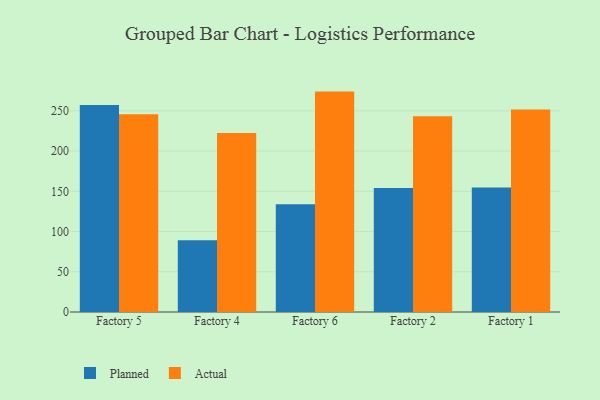
{"axis": {"x": "Factory", "y": "Revenue (USD Million)"}, "legend": ["Actual", "Planned"], "data": [{"x": "Factory 5", "y": 257.3, "type": "Planned"}, {"x": "Factory 5", "y": 245.8, "type": "Actual"}, {"x": "Factory 4", "y": 89.2, "type": "Planned"}, {"x": "Factory 4", "y": 222.3, "type": "Actual"}, {"x": "Factory 6", "y": 134.0, "type": "Planned"}, {"x": "Factory 6", "y": 273.9, "type": "Actual"}, {"x": "Factory 2", "y": 154.1, "type": "Planned"}, {"x": "Factory 2", "y": 243.3, "type": "Actual"}, {"x": "Factory 1", "y": 154.6, "type": "Planned"}, {"x": "Factory 1", "y": 251.7, "type": "Actual"}]}